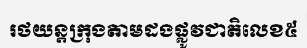
រថយន្តក្រុងតាមដងផ្លូវជាតិលេខ៥